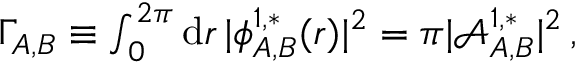
\begin{array} { r } { \Gamma _ { A , B } \equiv \int _ { 0 } ^ { 2 \pi } \mathrm { d } { r } \, \vert \phi _ { A , B } ^ { 1 , * } ( { r } ) \vert ^ { 2 } = \pi \vert \mathcal { A } _ { A , B } ^ { 1 , * } \vert ^ { 2 } \, , } \end{array}